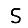
Digit: 5